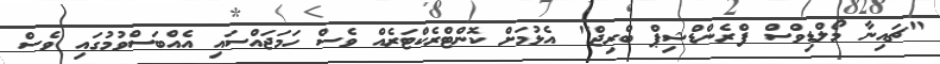
"ޗައިނާ މޯލްޑިވްސް ފްރެންޑްޝިޕް ބްރިޖް" އެޅުމަށް ކޮންޓްރެކްޓަރެއް ވެސް ހަމަޖައްސައި އެއްބަސްވުމުގައި ވެސް